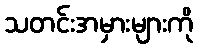
သတင်းအမှားများကို